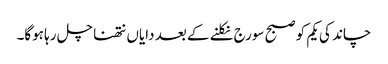
چاند کی یکم کو صبح سورج نکلنے کے بعد دایاں نتھنا چل رہا ہوگا۔